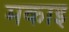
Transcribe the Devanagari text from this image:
मकाइ